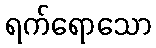
ရက်ရောသော